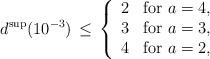
LaTeX: \begin{align*} d^{\rm sup}(10^{-3})\,\le\,\left\{\begin{array}{ll} 2&\mbox{for\ }a=4,\\ 3&\mbox{for\ }a=3, \\ 4&\mbox{for\ }a = 2, \end{array}\right.\end{align*}